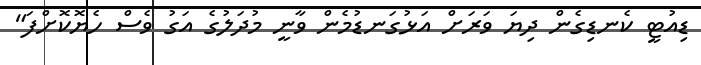
ޑިއުޓީ ކެނޑިގެން ދިޔަ ވަރަށް އަޅުގަނޑުމެން ވާނީ މުދަލުގެ އަގު ވެސް ހެޔޮކޮށްފަ"